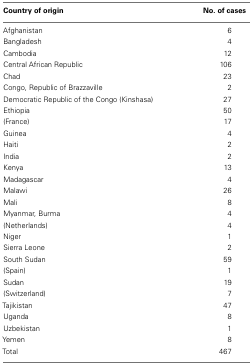
| Country of origin | No. of cases |
 | --- | --- |
 | Afghanistan | 6 |
 | Bangladesh | 4 |
 | Cambodia | 12 |
 | Central African Republic | 106 |
 | Chad | 23 |
 | Congo, Republic of Brazzaville | 2 |
 | Democratic Republic of the Congo (Kinshasa) | 27 |
 | Ethiopia | 50 |
 | (France) | 17 |
 | Guinea | 4 |
 | Haiti | 2 |
 | India | 2 |
 | Kenya | 13 |
 | Madagascar | 4 |
 | Malawi | 26 |
 | Mali | 8 |
 | Myanmar, Burma | 4 |
 | (Netherlands) | 4 |
 | Niger | 1 |
 | Sierra Leone | 2 |
 | South Sudan | 59 |
 | (Spain) | 1 |
 | Sudan | 19 |
 | (Switzerland) | 7 |
 | Tajikistan | 47 |
 | Uganda | 8 |
 | Uzbekistan | 1 |
 | Yemen | 8 |
 | Total | 467 |